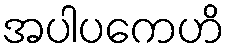
အပါပကေဟိ